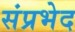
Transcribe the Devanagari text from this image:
संप्रभेद